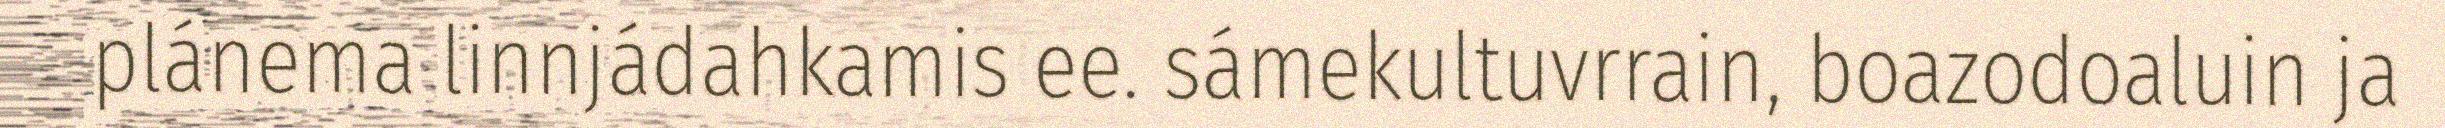
plánema linnjádahkamis ee. sámekultuvrrain, boazodoaluin ja